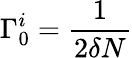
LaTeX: \Gamma_{0}^{i}=\frac{1}{2\delta N}